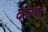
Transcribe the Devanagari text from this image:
वयमं